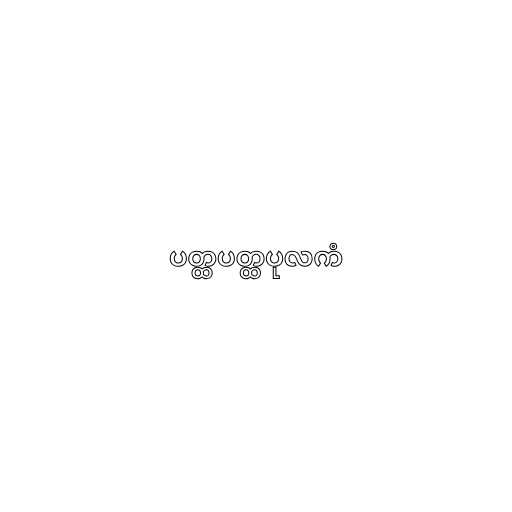
ပတ္ထပတ္ထပုလကံ